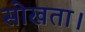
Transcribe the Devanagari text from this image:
सोखता।